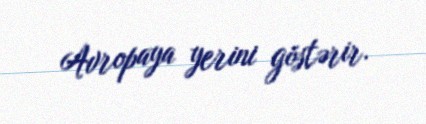
Avropaya yerini göstərir.